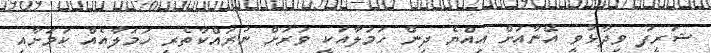
ޝަރީފު ވިދާޅުވީ އޭނާއަށް އިއްޔެ ދިން ހަމަލާއަކީ ވަރަށް ނުރައްކާތެރި ހަމަލާއެއް ކަމަށާއި